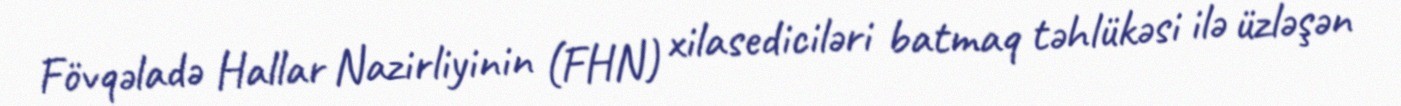
Fövqəladə Hallar Nazirliyinin (FHN) xilasediciləri batmaq təhlükəsi ilə üzləşən